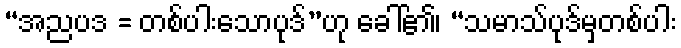
“အညပဒ = တစ်ပါးသောပုဒ်”ဟု ခေါ်၏၊ “သမာသ်ပုဒ်မှတစ်ပါး